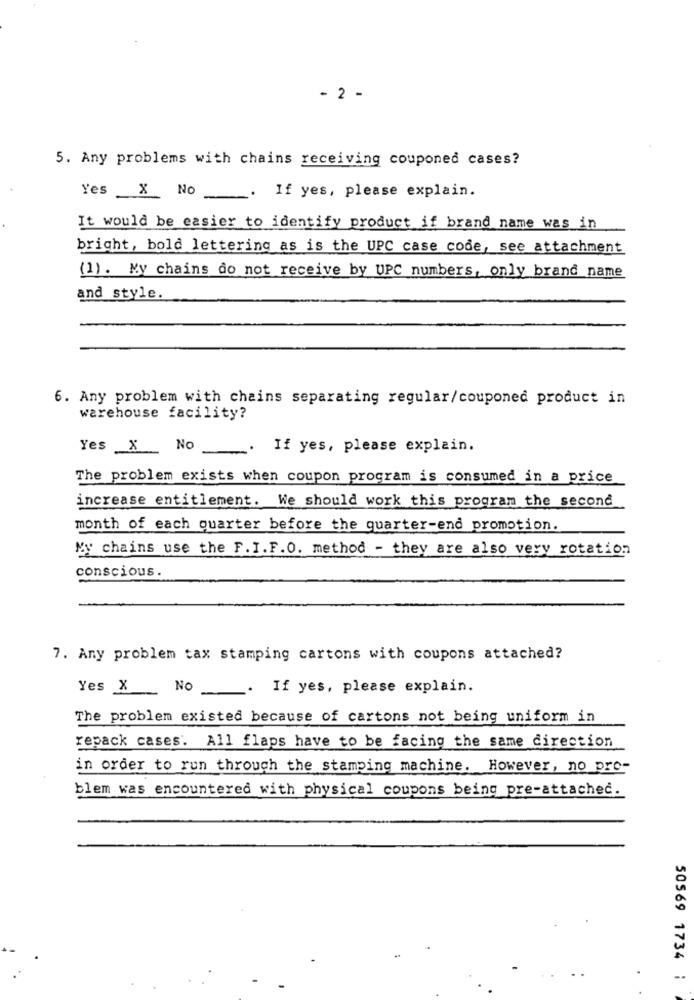
- 2 -
5. Any problems with chains receiving couponed cases?
Yes X No
. If yes, please explain.
It would be easier to identify product if brand name was in
bright, bold lettering as is the UPC case code, see attachment
(1). My chains do not receive by UPC numbers, only brand name
and style.
6. Any problem with chains separating regular/couponed product in
warehouse facility?
Yes X No
.. If yes, please explain.
The problem exists when coupon program is consumed in a price
increase entitlement. We should work this program the second
month of each quarter before the quarter-end promotion.
My chains use the F. I.F.O. method - they are also very rotation
conscious.
7. Any problem tax stamping cartons with coupons attached?
Yes X
NO
. If yes, please explain.
The problem existed because of cartons not being uniform in
repack cases. All flaps have to be facing the same direction
in order to run through the stamping machine. However, no pro-
blem was encountered with physical coupons being pre-attached.
50569 1734 ;